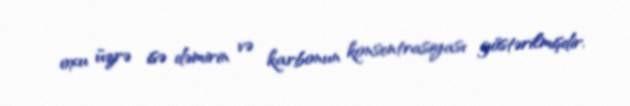
oxu üzrə isə dəmirin və karbonun konsentrasiyası göstərilmişdir.